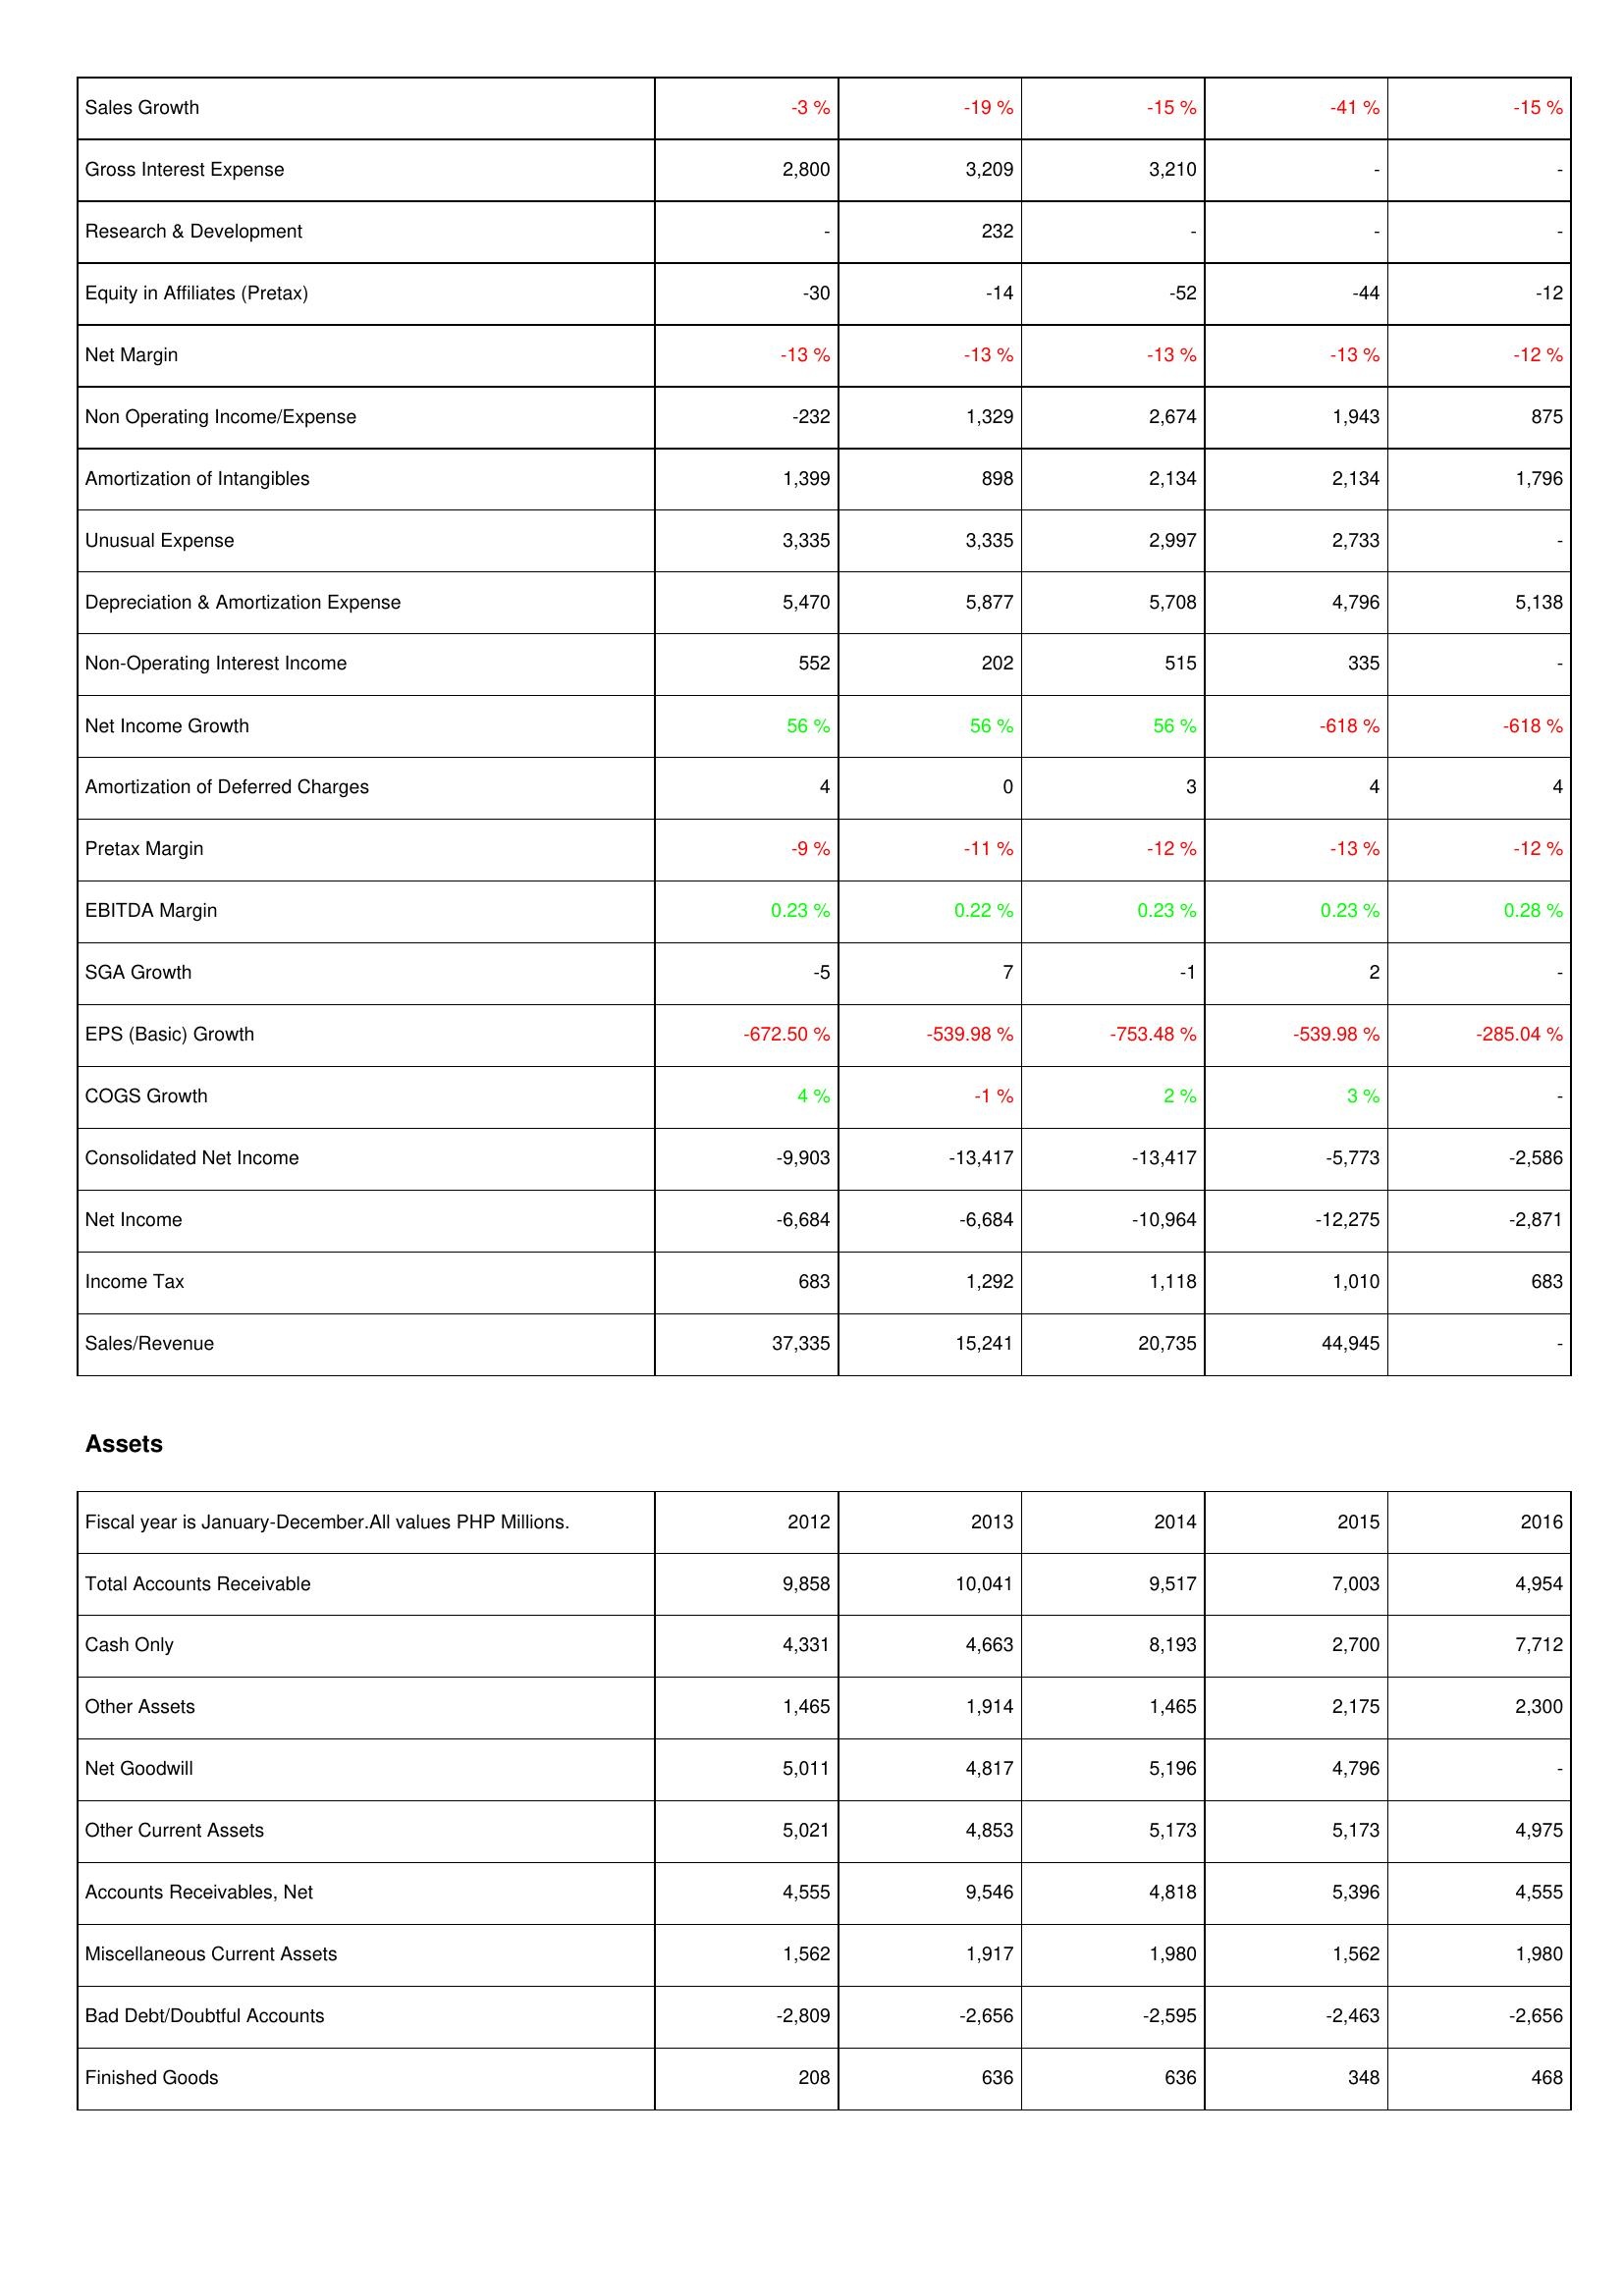
2012: Income Statement: Sales Growth: -3 %
Gross Interest Expense: 2,800
Research & Development: -
Equity in Affiliates (Pretax): -30
Net Margin: -13 %
Non Operating Income/Expense: -232
Amortization of Intangibles: 1,399
Unusual Expense: 3,335
Depreciation & Amortization Expense: 5,470
Non-Operating Interest Income: 552
Net Income Growth: 56 %
Amortization of Deferred Charges: 4
Pretax Margin: -9 %
EBITDA Margin: 0.23 %
SGA Growth: -5
EPS (Basic) Growth: -672.50 %
COGS Growth: 4 %
Consolidated Net Income: -9,903
Net Income: -6,684
Income Tax: 683
Sales/Revenue: 37,335
Assets: Total Accounts Receivable: 9,858
Cash Only: 4,331
Other Assets: 1,465
Net Goodwill: 5,011
Other Current Assets: 5,021
Accounts Receivables, Net: 4,555
Miscellaneous Current Assets: 1,562
Bad Debt/Doubtful Accounts: -2,809
Finished Goods: 208
2013: Income Statement: Sales Growth: -19 %
Gross Interest Expense: 3,209
Research & Development: 232
Equity in Affiliates (Pretax): -14
Net Margin: -13 %
Non Operating Income/Expense: 1,329
Amortization of Intangibles: 898
Unusual Expense: 3,335
Depreciation & Amortization Expense: 5,877
Non-Operating Interest Income: 202
Net Income Growth: 56 %
Amortization of Deferred Charges: 0
Pretax Margin: -11 %
EBITDA Margin: 0.22 %
SGA Growth: 7
EPS (Basic) Growth: -539.98 %
COGS Growth: -1 %
Consolidated Net Income: -13,417
Net Income: -6,684
Income Tax: 1,292
Sales/Revenue: 15,241
Assets: Total Accounts Receivable: 10,041
Cash Only: 4,663
Other Assets: 1,914
Net Goodwill: 4,817
Other Current Assets: 4,853
Accounts Receivables, Net: 9,546
Miscellaneous Current Assets: 1,917
Bad Debt/Doubtful Accounts: -2,656
Finished Goods: 636
2014: Income Statement: Sales Growth: -15 %
Gross Interest Expense: 3,210
Research & Development: -
Equity in Affiliates (Pretax): -52
Net Margin: -13 %
Non Operating Income/Expense: 2,674
Amortization of Intangibles: 2,134
Unusual Expense: 2,997
Depreciation & Amortization Expense: 5,708
Non-Operating Interest Income: 515
Net Income Growth: 56 %
Amortization of Deferred Charges: 3
Pretax Margin: -12 %
EBITDA Margin: 0.23 %
SGA Growth: -1
EPS (Basic) Growth: -753.48 %
COGS Growth: 2 %
Consolidated Net Income: -13,417
Net Income: -10,964
Income Tax: 1,118
Sales/Revenue: 20,735
Assets: Total Accounts Receivable: 9,517
Cash Only: 8,193
Other Assets: 1,465
Net Goodwill: 5,196
Other Current Assets: 5,173
Accounts Receivables, Net: 4,818
Miscellaneous Current Assets: 1,980
Bad Debt/Doubtful Accounts: -2,595
Finished Goods: 636
2015: Income Statement: Sales Growth: -41 %
Gross Interest Expense: -
Research & Development: -
Equity in Affiliates (Pretax): -44
Net Margin: -13 %
Non Operating Income/Expense: 1,943
Amortization of Intangibles: 2,134
Unusual Expense: 2,733
Depreciation & Amortization Expense: 4,796
Non-Operating Interest Income: 335
Net Income Growth: -618 %
Amortization of Deferred Charges: 4
Pretax Margin: -13 %
EBITDA Margin: 0.23 %
SGA Growth: 2
EPS (Basic) Growth: -539.98 %
COGS Growth: 3 %
Consolidated Net Income: -5,773
Net Income: -12,275
Income Tax: 1,010
Sales/Revenue: 44,945
Assets: Total Accounts Receivable: 7,003
Cash Only: 2,700
Other Assets: 2,175
Net Goodwill: 4,796
Other Current Assets: 5,173
Accounts Receivables, Net: 5,396
Miscellaneous Current Assets: 1,562
Bad Debt/Doubtful Accounts: -2,463
Finished Goods: 348
2016: Income Statement: Sales Growth: -15 %
Gross Interest Expense: -
Research & Development: -
Equity in Affiliates (Pretax): -12
Net Margin: -12 %
Non Operating Income/Expense: 875
Amortization of Intangibles: 1,796
Unusual Expense: -
Depreciation & Amortization Expense: 5,138
Non-Operating Interest Income: -
Net Income Growth: -618 %
Amortization of Deferred Charges: 4
Pretax Margin: -12 %
EBITDA Margin: 0.28 %
SGA Growth: -
EPS (Basic) Growth: -285.04 %
COGS Growth: -
Consolidated Net Income: -2,586
Net Income: -2,871
Income Tax: 683
Sales/Revenue: -
Assets: Total Accounts Receivable: 4,954
Cash Only: 7,712
Other Assets: 2,300
Net Goodwill: -
Other Current Assets: 4,975
Accounts Receivables, Net: 4,555
Miscellaneous Current Assets: 1,980
Bad Debt/Doubtful Accounts: -2,656
Finished Goods: 468